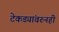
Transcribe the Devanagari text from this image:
टेकड्यांवरुनही